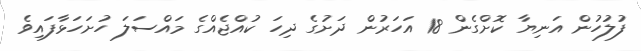
ފުލުހުން އަނިޔާ ކޮށްގެން 18 އަހަރުން ދަށުގެ ދިހަ ކުއްޖެއްގެ މައްސަލަ ހުށަހަޅާފައިވެ